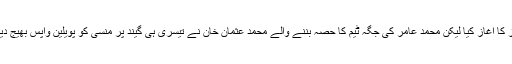
سکاٹ لینڈ کی جانب سے جارج منسی اور کائیل کوئٹزر نے اننگز کا آغاز کیا لیکن محمد عامر کی جگہ ٹیم کا حصہ بننے والے محمد عثمان خان نے تیسری ہی گیند پر منسی کو پویلین واپس بھیج دیا جب کہ کپتان کائیل بھی ایک رنز پر محمد عثمان کا شکار بنے۔